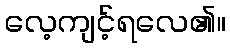
လေ့ကျင့်ရလေ၏။